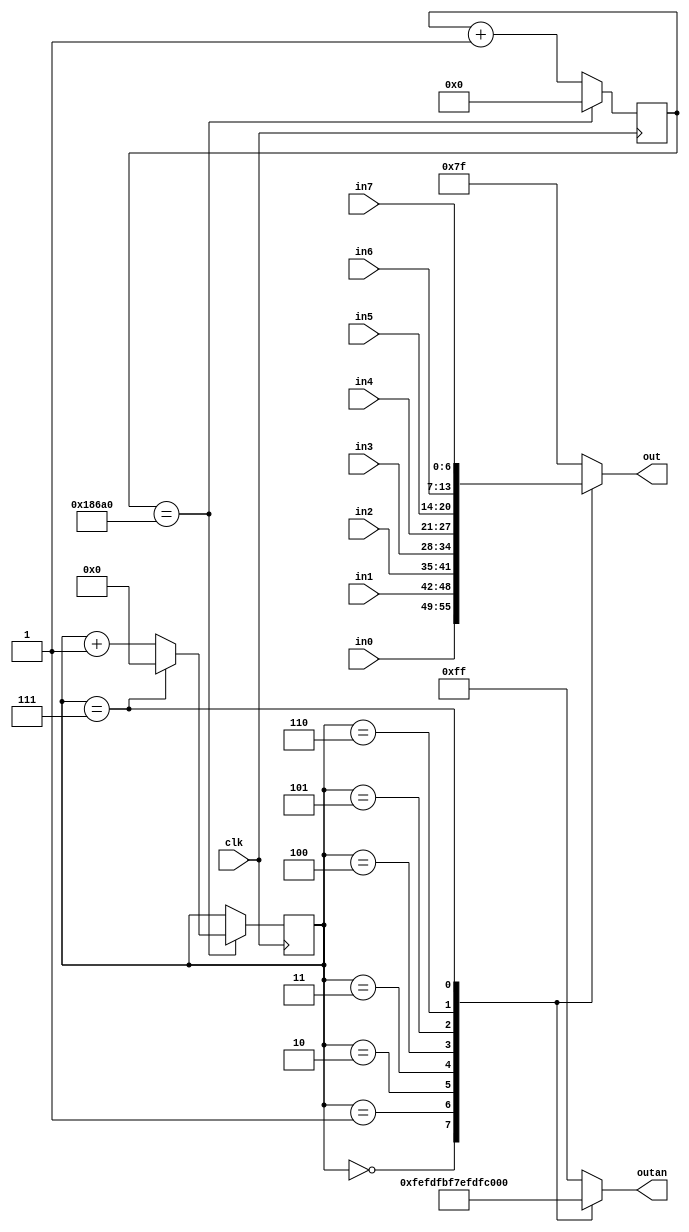
`timescale 1ns / 1ps

module displayController(clk, in0, in1, in2, in3, in4, in5, in6, in7, out, outan);
    input clk;
    input [6:0] in0, in1, in2, in3, in4, in5, in6, in7;
    output reg [6:0] out;
    output reg [7:0] outan;
    
    reg [3:0] anode = 0;
    reg [17:0] counter;
    
    initial begin
        outan = 0;
        out = 0;
        counter = 0;
    end
    
    always@ (posedge clk)
    begin
        //250,000 for 400hz
        //lower is faster and less flicker
        if (counter == 100000) begin
            counter = 0;
            if (anode == 7) begin
                anode = 0;
            end
            else begin
                anode = anode + 1;
            end
        end
        else begin
            counter = counter + 1;
        end
    end
    
    always @*
    begin
        case (anode)
            0: begin
                outan = 8'b11111110;
                out = in0;
            end
            1: begin
                outan = 8'b11111101;
                out = in1;
            end
            2: begin
                outan = 8'b11111011;
                out = in2;
            end
            3: begin
                outan = 8'b11110111;
                out = in3;
            end
            4: begin
                outan = 8'b11101111;
                out = in4;
            end
            5: begin
                outan = 8'b11011111;
                out = in5;
            end
            6: begin
                outan = 8'b10111111;
                out = in6;
            end
            7: begin
                outan = 8'b01111111;
                out = in7;
            end
            default: begin
                outan = 8'b11111111;
                out = 7'b1111111;
            end
        endcase
    end
endmodule